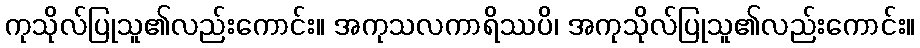
ကုသိုလ်ပြုသူ၏လည်းကောင်း။ အကုသလကာရိဿပိ၊ အကုသိုလ်ပြုသူ၏လည်းကောင်း။